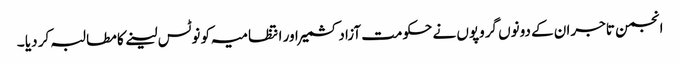
انجمن تاجران کے دونوں گروپوں نے حکومت آزادکشمیر اور انتظامیہ کو نوٹس لینے کا مطالبہ کر دیا ۔